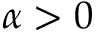
\alpha > 0